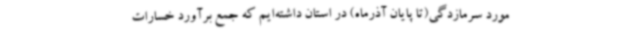
مورد سرمازدگی(تا پایان آذرماه) در استان داشته‌ایم که جمع برآورد خسارات